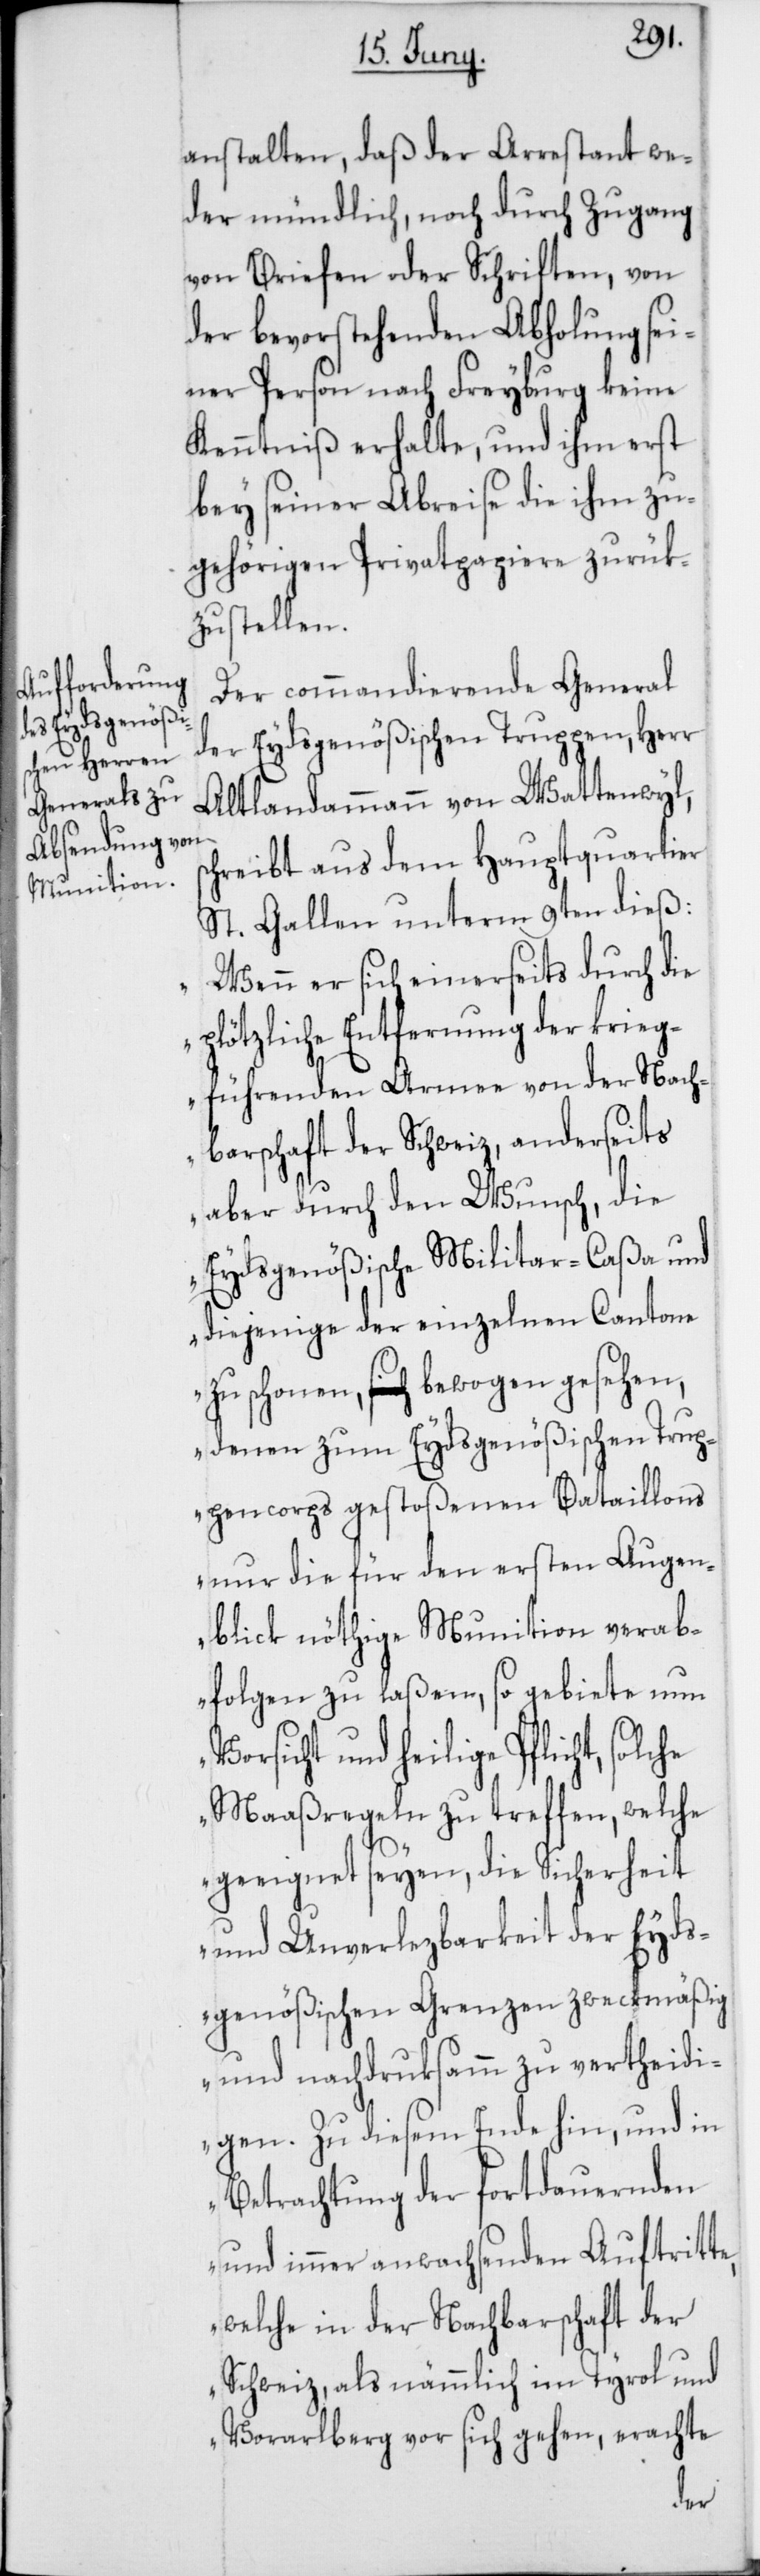
anstalten, daß der Arrestant we¬
der mündlich, noch durch Zugang
von Briefen oder Schriften, von
der bevorstehenden Abholung sei¬
ner Person nach Freyburg keine
Kenntniß erhalte, und ihm erst
bey seiner Abreise die ihm zu¬
gehörigen Privatpapiere zurük¬
zustellen.
Der commandierende General
der Eydsgenößischen Truppen, Herr
Altlandammann von Wattenwyl,
chreibt aus dem Hauptquartier
St. Gallen unterm 9ten dieß:
„Wenn er sich einerseits durch die
s¬
plötzliche Entfernung der krieg¬
führenden Armee von der Nach¬
barschaft der Schweiz, anderseits
aber durch den Wunsch, die
Eydsgenößische Militar-Caßa und
diejenige der einzelnen Cantone
zu schonen, bewogen gesehen,
denen zum Eydsgenößischen Trup¬
pencorps gestoßenen Bataillons
nur die für den ersten Augen¬
blick nöthige Munition verab¬
folgen zu laßen, so gebiete nun
Vorsicht und heilige Pflicht,
Maaßregeln zu treffen, welche
geeignet seyen, die Sicherheit
und Unverlezbarkeit der Eyds¬
genößischen Grenzen zweckmäßig
und nachdruksamm zu vertheidi¬
gen. Zu diesem Ende hin und in
Betrachtung der fortdauernden
und immer anwachsenden Auftritte,
welche in der Nachbarschaft der
Schweiz, als nämmlich im Tyrol und
Vorarlberg vor sich gehen, erachte